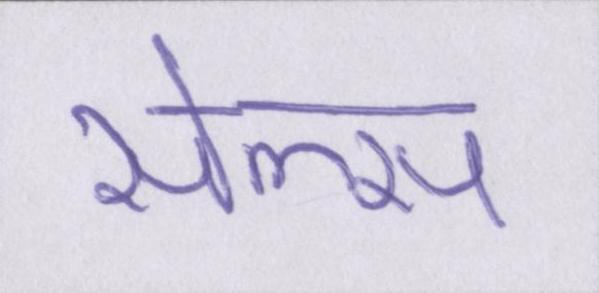
सेल्स